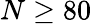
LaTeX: N\geq 80